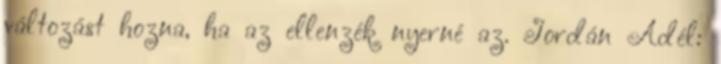
változást hozna, ha az ellenzék nyerné az. Jordán Adél: